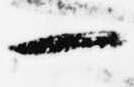
一